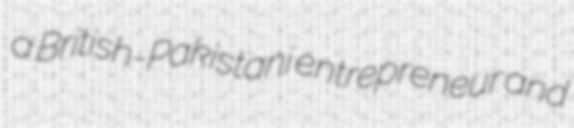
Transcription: a British-Pakistani entrepreneur and